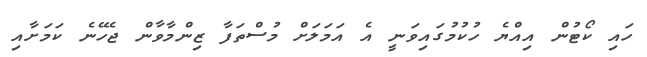
ހައި ކޯޓުން އިއްޔެ ހުކުމުގައިވަނީ އެ އަމަލަށް މުސްތަފާ ޒިންމާވާން ޖެހޭނެ ކަމަށާއި